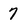
Character: 7